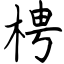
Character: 梬